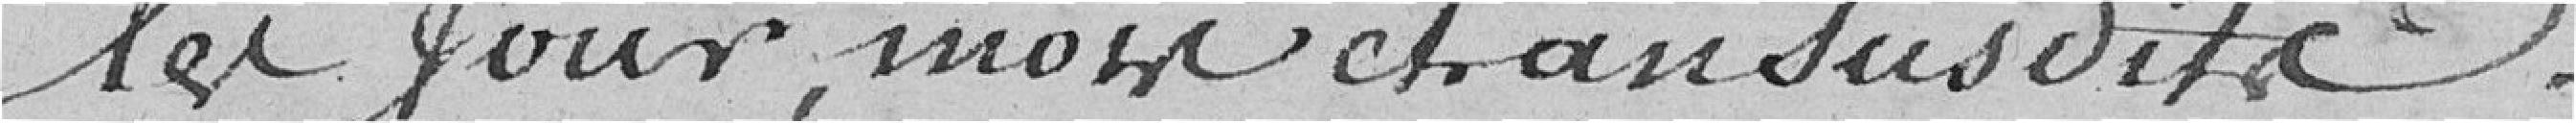
Le jour, mois et an susdite